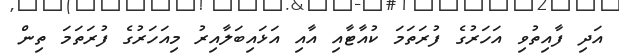
އަދި ފާއިތުވި އަހަރުގެ ފުރަތަމަ ކުއާޓާއި އާއި އަޅައިބަލާއިރު މިއަހަރުގެ ފުރަތަމަ ތިން